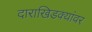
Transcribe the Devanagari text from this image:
दाराखिडक्यांवर